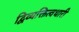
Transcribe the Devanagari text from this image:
द्विव्यक्तित्वधारी